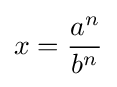
x={\frac {a^{n}}{b^{n}}}